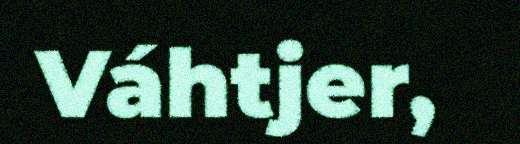
Váhtjer,